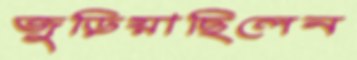
জুড়িয়াছিলেন